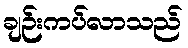
ချဉ်းကပ်လာသည်